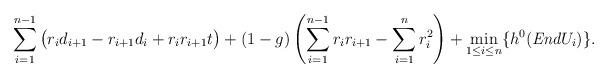
LaTeX: \begin{align*} \sum_{i=1}^{n-1} \big(r_id_{i+1} -r_{i+1}d_i + r_ir_{i+1}t\big)+(1-g)\left(\sum_{i=1}^{n-1}r_ir_{i+1}-\sum_{i=1}^n r_i^2\right)+\min_{1\leq i \leq n}\{h^0(\emph{End}U_i)\}.\end{align*}